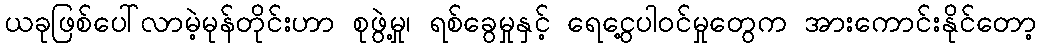
ယခုဖြစ်ပေါ်လာမဲ့မုန်တိုင်းဟာ စုဖွဲ့မှု၊ ရစ်ခွေမှုနှင့် ရေငွေ့ပါဝင်မှုတွေက အားကောင်းနိုင်တော့